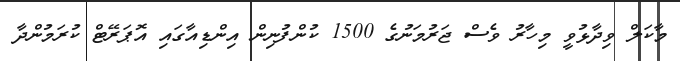
މާކަލް ވިދާޅުވީ މިހާރު ވެސް ޖަރުމަނުގެ 1500 ކުންފުނިން އިންޑިއާގައި އޮޕަރޭޓް ކުރަމުންދާ